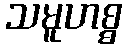
သမူဟစ္စ